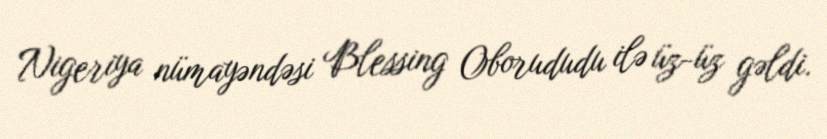
Nigeriya nümayəndəsi Blessing Oborududu ilə üz-üz gəldi.